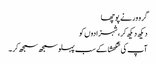
گرو ور نے پوچھا
دیکھ دیکھ کر، شہزادوں کو
آپ کی شکھشا کے سب پہلو سمجھ سمجھ کر ۔